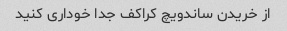
از خریدن ساندویچ کراکف جدا خوداری کنید